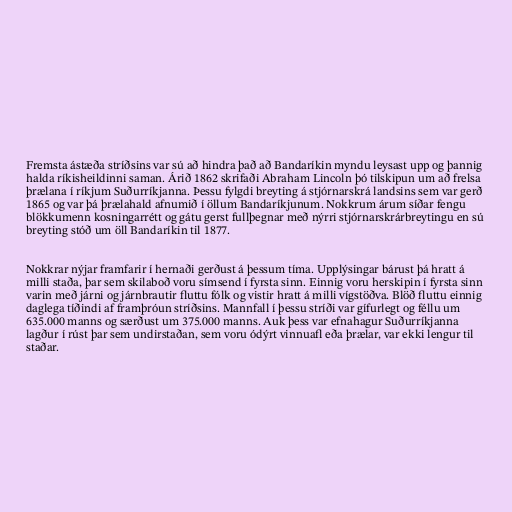
Fremsta ástæða stríðsins var sú að hindra það að Bandaríkin myndu leysast upp og þannig
halda ríkisheildinni saman. Árið 1862 skrifaði Abraham Lincoln þó tilskipun um að frelsa
þrælana í ríkjum Suðurríkjanna. Þessu fylgdi breyting á stjórnarskrá landsins sem var gerð
1865 og var þá þrælahald afnumið í öllum Bandaríkjunum. Nokkrum árum síðar fengu
blökkumenn kosningarrétt og gátu gerst fullþegnar með nýrri stjórnarskrárbreytingu en sú
breyting stóð um öll Bandaríkin til 1877.

Nokkrar nýjar framfarir í hernaði gerðust á þessum tíma. Upplýsingar bárust þá hratt á
milli staða, þar sem skilaboð voru símsend í fyrsta sinn. Einnig voru herskipin í fyrsta sinn
varin með járni og járnbrautir fluttu fólk og vistir hratt á milli vígstöðva. Blöð fluttu einnig
daglega tíðindi af framþróun stríðsins. Mannfall í þessu stríði var gífurlegt og féllu um
635.000 manns og særðust um 375.000 manns. Auk þess var efnahagur Suðurríkjanna
lagður í rúst þar sem undirstaðan, sem voru ódýrt vinnuafl eða þrælar, var ekki lengur til
staðar.